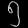
Digit: ၅